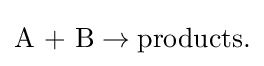
{\mbox{A + B}}\rightarrow {\mbox{products.}}